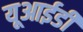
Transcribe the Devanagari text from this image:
यूआईडी